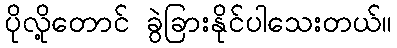
ပိုလို့တောင် ခွဲခြားနိုင်ပါသေးတယ်။